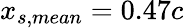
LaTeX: x_{s,mean}=0.47c